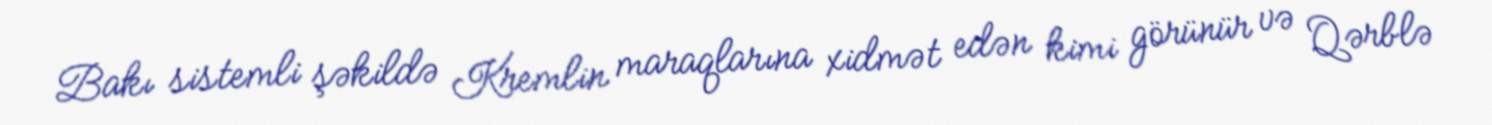
Bakı sistemli şəkildə Kremlin maraqlarına xidmət edən kimi görünür və Qərblə